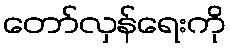
တော်လှန်ရေးကို